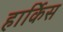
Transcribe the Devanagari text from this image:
हार्किस